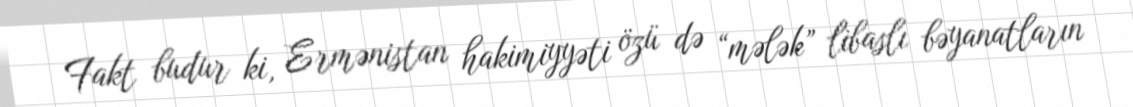
Fakt budur ki, Ermənistan hakimiyyəti özü də “mələk” libaslı bəyanatların